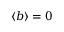
\langle b \rangle = 0